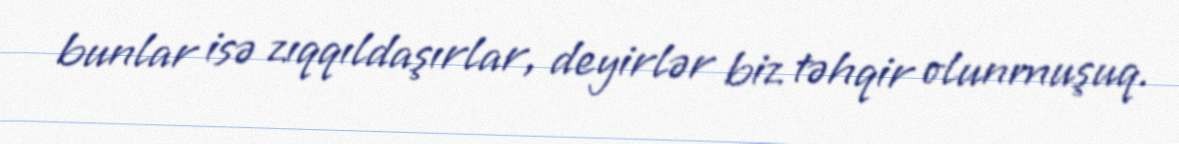
bunlar isə zıqqıldaşırlar, deyirlər biz təhqir olunmuşuq.